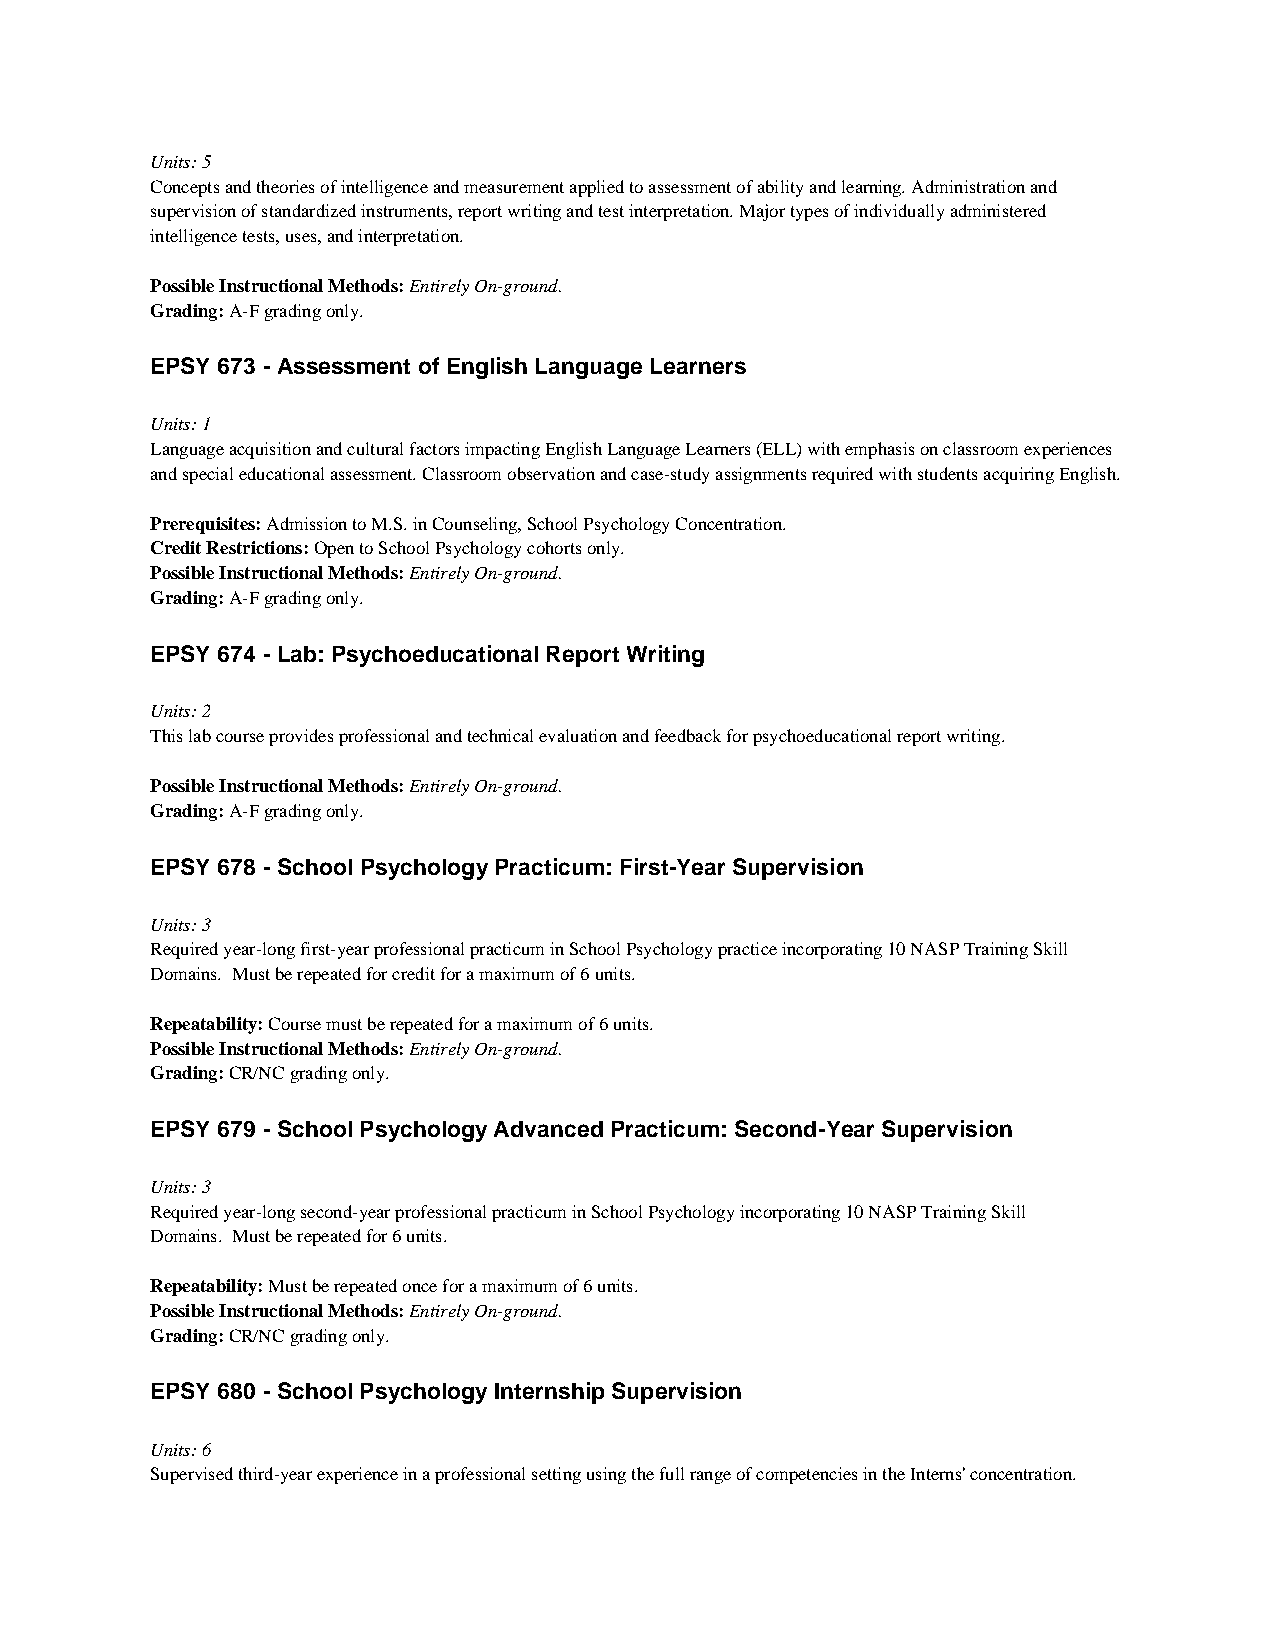
Units: 5
 Concepts and theories of intelligence and measurement applied to assessment of ability and learning. Administration and
 supervision of standardized instruments, report writing and test interpretation. Major types of individually administered
 intelligence tests, uses, and interpretation.
 Possible Instructional Methods: Entirely On-ground.
 Grading: A-F grading only.
 EPSY 673 - Assessment of English Language Learners
 Units: 1
 Language acquisition and cultural factors impacting English Language Learners (ELL) with emphasis on classroom experiences
 and special educational assessment. Classroom observation and case-study assignments required with students acquiring English.
 Prerequisites: Admission to M.S. in Counseling, School Psychology Concentration.
 Credit Restrictions: Open to School Psychology cohorts only.
 Possible Instructional Methods: Entirely On-ground.
 Grading: A-F grading only.
 EPSY 674 - Lab: Psychoeducational Report Writing
 Units: 2
 This lab course provides professional and technical evaluation and feedback for psychoeducational report writing.
 Possible Instructional Methods: Entirely On-ground.
 Grading: A-F grading only.
 EPSY 678 - School Psychology Practicum: First-Year Supervision
 Units: 3
 Required year-long first-year professional practicum in School Psychology practice incorporating 10 NASP Training Skill
 Domains. Must be repeated for credit for a maximum of 6 units.
 Repeatability: Course must be repeated for a maximum of 6 units.
 Possible Instructional Methods: Entirely On-ground.
 Grading: CR/NC grading only.
 EPSY 679 - School Psychology Advanced Practicum: Second-Year Supervision
 Units: 3
 Required year-long second-year professional practicum in School Psychology incorporating 10 NASP Training Skill
 Domains. Must be repeated for 6 units.
 Repeatability: Must be repeated once for a maximum of 6 units.
 Possible Instructional Methods: Entirely On-ground.
 Grading: CR/NC grading only.
 EPSY 680 - School Psychology Internship Supervision
 Units: 6
 Supervised third-year experience in a professional setting using the full range of competencies in the Interns' concentration.